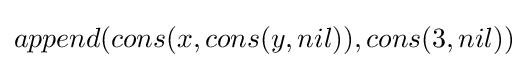
append(cons(x,cons(y,nil)),cons(3,nil))